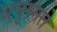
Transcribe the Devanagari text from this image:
धनुष्मते